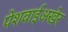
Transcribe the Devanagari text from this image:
पेशवाईअखेर